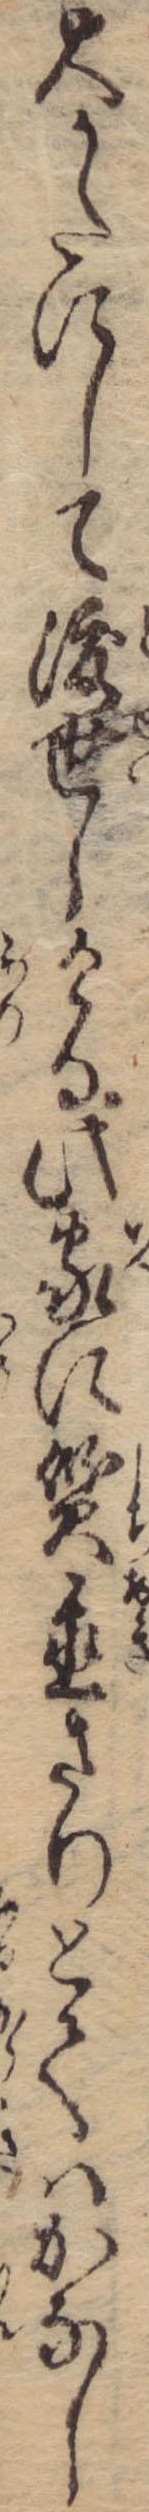
大かたにして渡世しける此家に質置さりとてはかなし